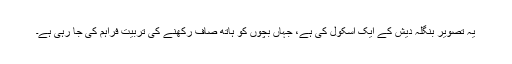
یہ تصویر بنگلہ دیش کے ایک اسکول کی ہے، جہاں بچوں کو ہاتھ صاف رکھنے کی تربیت فراہم کی جا رہی ہے۔